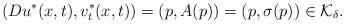
LaTeX: \begin{align*}(Du^*(x,t),v_t^*(x,t))=(p,A(p))=(p,\sigma(p))\in \mathcal K_\delta.\end{align*}